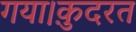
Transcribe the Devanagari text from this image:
गया।क़ुदरत